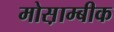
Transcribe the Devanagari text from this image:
मोस़ाम्बीक